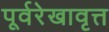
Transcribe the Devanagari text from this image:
पूर्वरेखावृत्त